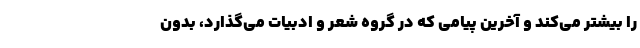
را بیشتر می‌کند و آخرین پیامی که در گروه شعر و ادبیات می‌گذارد، بدون